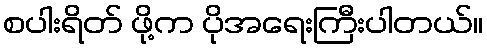
စပါးရိတ် ဖို့က ပိုအရေးကြီးပါတယ်။